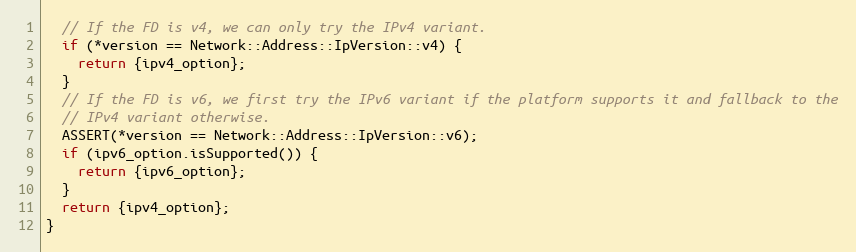
Language: C++
  // If the FD is v4, we can only try the IPv4 variant.
  if (*version == Network::Address::IpVersion::v4) {
    return {ipv4_option};
  }
  // If the FD is v6, we first try the IPv6 variant if the platform supports it and fallback to the
  // IPv4 variant otherwise.
  ASSERT(*version == Network::Address::IpVersion::v6);
  if (ipv6_option.isSupported()) {
    return {ipv6_option};
  }
  return {ipv4_option};
}